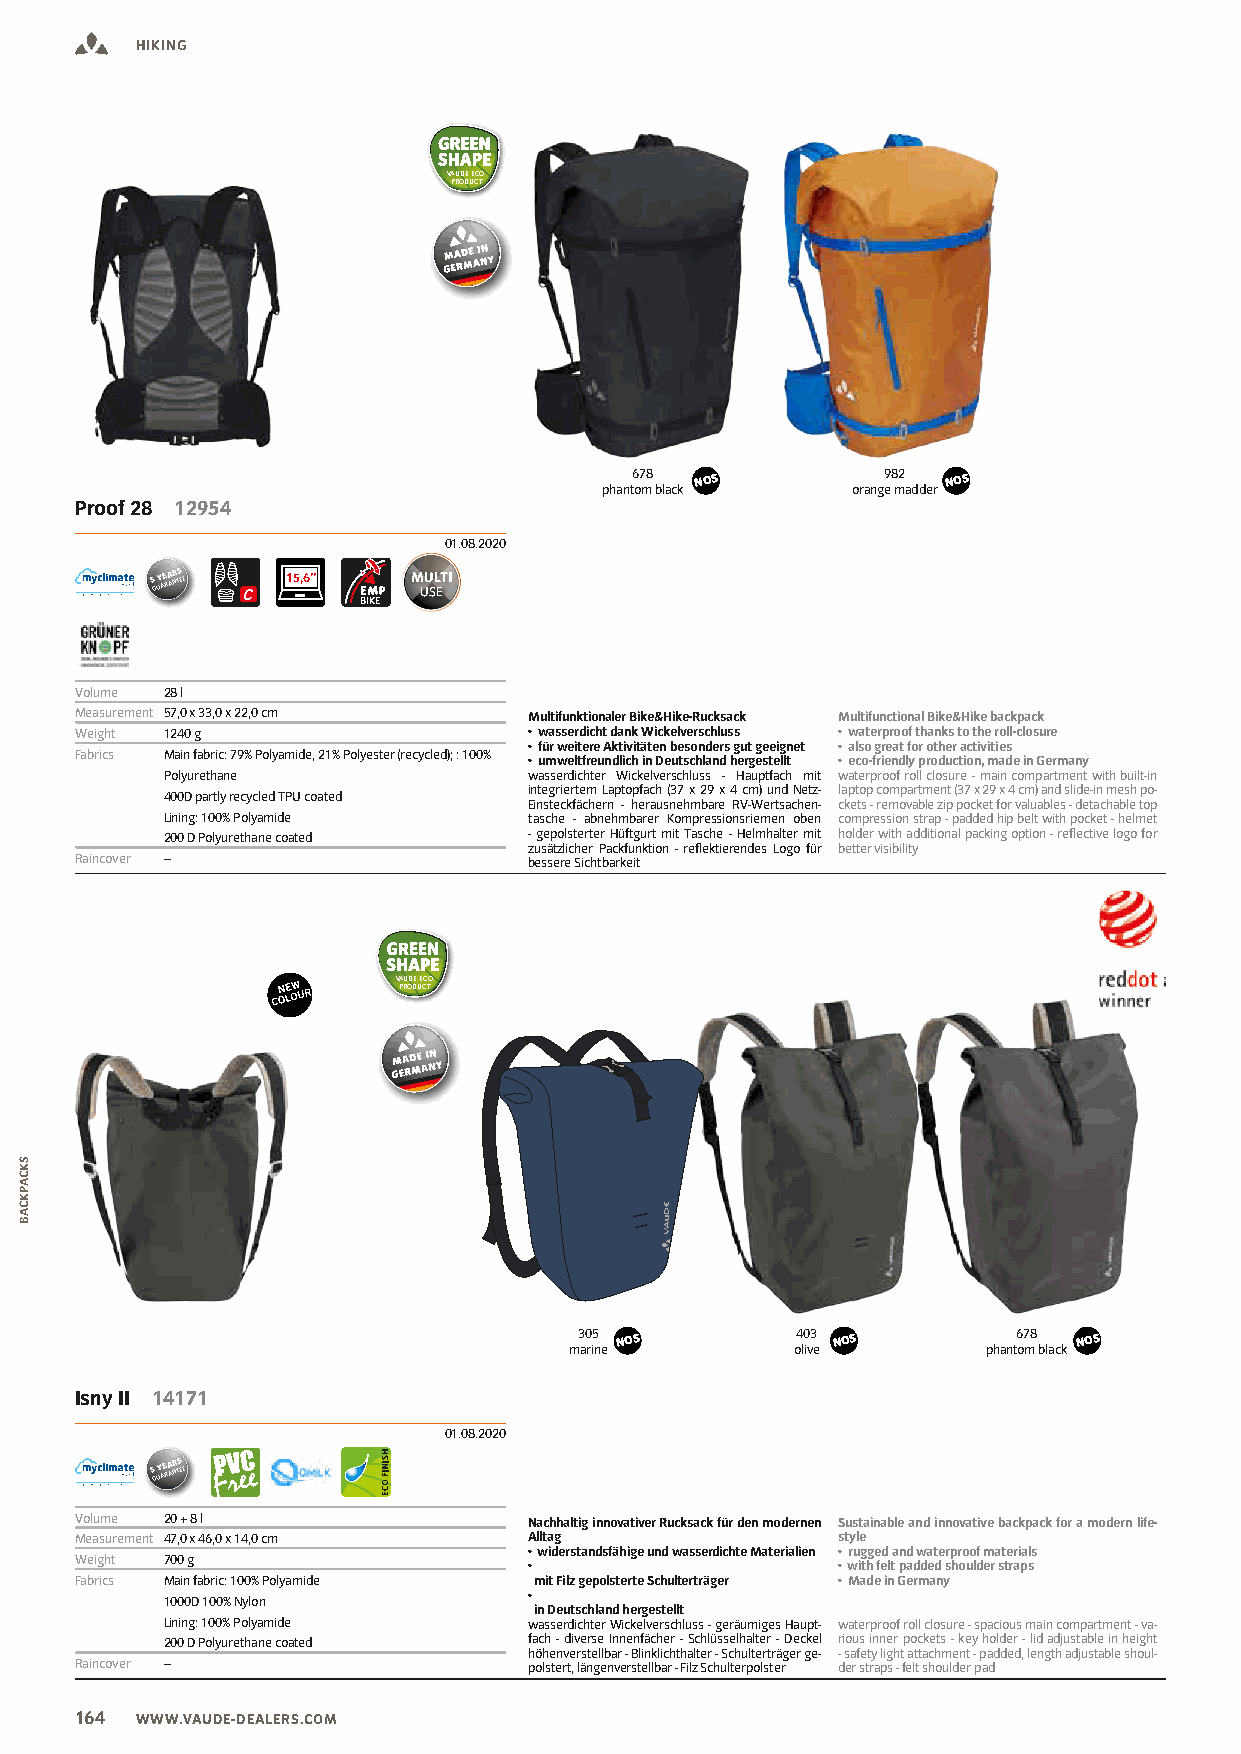
HIKING
 VAUDE ECO
 PRODUCT
 678 NOS          982 NOS
 phantom black   orange madder
 Proof 28 12954
 01.08.2020
 5
 G
 UY AE RA ANR TS EE 15,6’’
 BIKE
 Volume 28 l
 Measurement 57,0 x 33,0 x 22,0 cm Multifunktionaler Bike&Hike-Rucksack Multifunctional Bike&Hike backpack
 Weight 1240 g                 • wasserdicht dank Wickelverschluss • waterproof thanks to the roll-closure
 • für weitere Aktivitäten besonders gut geeignet • also great for other activities
 Fabrics Main fabric: 79% Polyamide, 21% Polyester (recycled); : 100% • umweltfreundlich in Deutschland hergestellt • eco-friendly production, made in Germany
 Polyurethane            wasserdichter Wickelverschluss - Hauptfach mit waterproof roll closure - main compartment with built-in
 integriertem Laptopfach (37 x 29 x 4 cm) und Netz- laptop compartment (37 x 29 x 4 cm) and slide-in mesh po-
 400D partly recycled TPU coated
 Einsteckfächern - herausnehmbare RV-Wertsachen- ckets - removable zip pocket for valuables - detachable top
 Lining: 100% Polyamide  tasche - abnehmbarer Kompressionsriemen oben compression strap - padded hip belt with pocket - helmet
 200 D Polyurethane coated - gepolsterter Hüftgurt mit Tasche - Helmhalter mit holder with additional packing option - reflective logo for
 zusätzlicher Packfunktion - reflektierendes Logo für better visibility
 Raincover –                   bessere Sichtbarkeit
 VAUDE ECO
 PRODUCT
 305 NOS        403 NOS       678 NOS
 marine         olive       phantom black
 Isny II 14171
 01.08.2020
 5
 G
 UY AE RA ANR TS EE
 Volume 20 + 8 l               Nachhaltig innovativer Rucksack für den modernen Sustainable and innovative backpack for a modern life-
 Measurement 47,0 x 46,0 x 14,0 cm Alltag          style
 • widerstandsfähige und wasserdichte Materialien • rugged and waterproof materials
 Weight 700 g                  •                   • with felt padded shoulder straps
 Fabrics Main fabric: 100% Polyamide mit Filz gepolsterte Schulterträger • Made in Germany
 •
 1000D 100% Nylon
 in Deutschland hergestellt
 Lining: 100% Polyamide  wasserdichter Wickelverschluss - geräumiges Haupt- waterproof roll closure - spacious main compartment - va-
 200 D Polyurethane coated fach - diverse Innenfächer - Schlüsselhalter - Deckel rious inner pockets - key holder - lid adjustable in height
 höhenverstellbar - Blinklichthalter - Schulterträger ge- - safety light attachment - padded, length adjustable shoul-
 Raincover –                   polstert, längenverstellbar - Filz Schulterpolster der straps - felt shoulder pad
 164 WWW.VAUDE-DEALERS.COM
 SKCAPKCAB